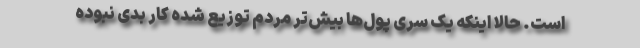
است. حالا اینکه یک سری پول‌ها بیش‌تر مردم توزیع شده کار بدی نبوده